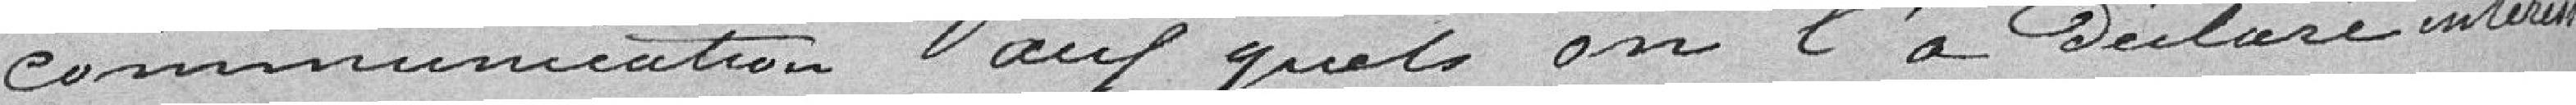
communication auxquels on l'a déclaré intéressé.